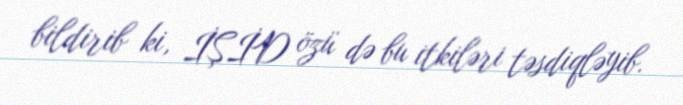
bildirib ki, İŞİD özü də bu itkiləri təsdiqləyib.